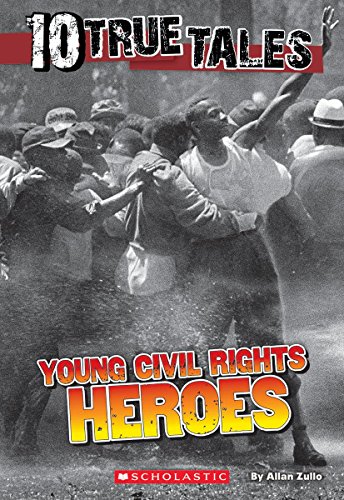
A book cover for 10 True Tales: Young Civil Rights Heroes; Allan Zullo; Children's Books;